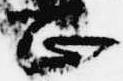
正